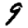
Digit: 9